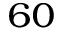
^ { 6 0 }